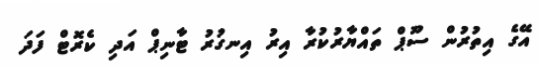
އޭގެ އިތުރުން ސޫޕް ތައްޔާރުކުރާ އިރު އިނގުރު ޓާނިޕް އަދި ކެރޮޓް ފަދަ